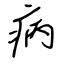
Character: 病